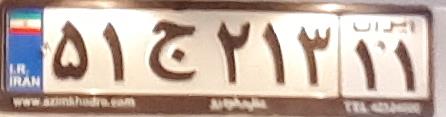
۵۱ج۲۱۳۱۱